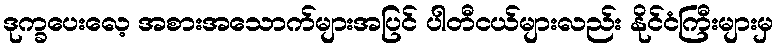
ဒုက္ခပေးလေ့ အစားအသောက်များအပြင် ပါတီငယ်များလည်း နိုင်ငံကြီးများမှ